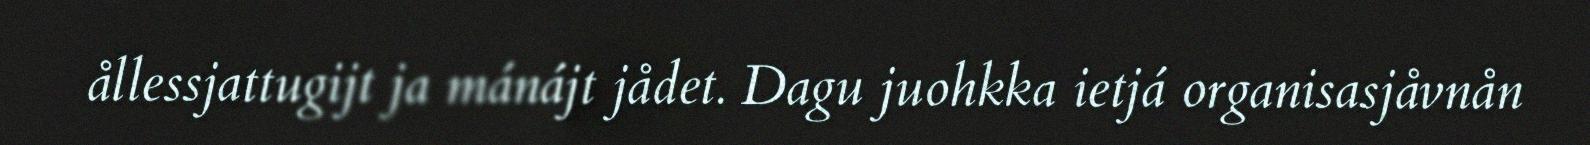
ållessjattugijt ja mánájt jådet. Dagu juohkka ietjá organisasjåvnån